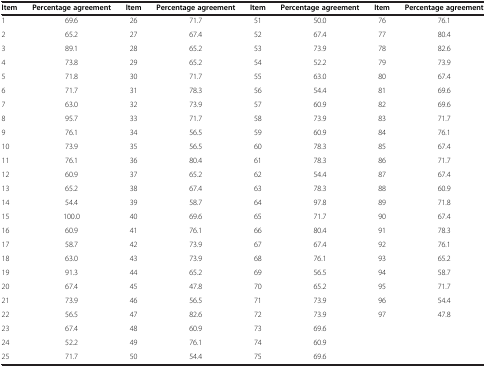
<table><thead><tr><td><b>Item</b></td><td><b>Percentage agreement</b></td><td><b>Item</b></td><td><b>Percentage agreement</b></td><td><b>Item</b></td><td><b>Percentage agreement</b></td><td><b>Item</b></td><td><b>Percentage agreement</b></td></tr></thead><tbody><tr><td>1</td><td>69.6</td><td>26</td><td>71.7</td><td>51</td><td>50.0</td><td>76</td><td>76.1</td></tr><tr><td>2</td><td>65.2</td><td>27</td><td>67.4</td><td>52</td><td>67.4</td><td>77</td><td>80.4</td></tr><tr><td>3</td><td>89.1</td><td>28</td><td>65.2</td><td>53</td><td>73.9</td><td>78</td><td>82.6</td></tr><tr><td>4</td><td>73.8</td><td>29</td><td>65.2</td><td>54</td><td>52.2</td><td>79</td><td>73.9</td></tr><tr><td>5</td><td>71.8</td><td>30</td><td>71.7</td><td>55</td><td>63.0</td><td>80</td><td>67.4</td></tr><tr><td>6</td><td>71.7</td><td>31</td><td>78.3</td><td>56</td><td>54.4</td><td>81</td><td>69.6</td></tr><tr><td>7</td><td>63.0</td><td>32</td><td>73.9</td><td>57</td><td>60.9</td><td>82</td><td>69.6</td></tr><tr><td>8</td><td>95.7</td><td>33</td><td>71.7</td><td>58</td><td>73.9</td><td>83</td><td>71.7</td></tr><tr><td>9</td><td>76.1</td><td>34</td><td>56.5</td><td>59</td><td>60.9</td><td>84</td><td>76.1</td></tr><tr><td>10</td><td>73.9</td><td>35</td><td>56.5</td><td>60</td><td>78.3</td><td>85</td><td>67.4</td></tr><tr><td>11</td><td>76.1</td><td>36</td><td>80.4</td><td>61</td><td>78.3</td><td>86</td><td>71.7</td></tr><tr><td>12</td><td>60.9</td><td>37</td><td>65.2</td><td>62</td><td>54.4</td><td>87</td><td>67.4</td></tr><tr><td>13</td><td>65.2</td><td>38</td><td>67.4</td><td>63</td><td>78.3</td><td>88</td><td>60.9</td></tr><tr><td>14</td><td>54.4</td><td>39</td><td>58.7</td><td>64</td><td>97.8</td><td>89</td><td>71.8</td></tr><tr><td>15</td><td>100.0</td><td>40</td><td>69.6</td><td>65</td><td>71.7</td><td>90</td><td>67.4</td></tr><tr><td>16</td><td>60.9</td><td>41</td><td>76.1</td><td>66</td><td>80.4</td><td>91</td><td>78.3</td></tr><tr><td>17</td><td>58.7</td><td>42</td><td>73.9</td><td>67</td><td>67.4</td><td>92</td><td>76.1</td></tr><tr><td>18</td><td>63.0</td><td>43</td><td>73.9</td><td>68</td><td>76.1</td><td>93</td><td>65.2</td></tr><tr><td>19</td><td>91.3</td><td>44</td><td>65.2</td><td>69</td><td>56.5</td><td>94</td><td>58.7</td></tr><tr><td>20</td><td>67.4</td><td>45</td><td>47.8</td><td>70</td><td>65.2</td><td>95</td><td>71.7</td></tr><tr><td>21</td><td>73.9</td><td>46</td><td>56.5</td><td>71</td><td>73.9</td><td>96</td><td>54.4</td></tr><tr><td>22</td><td>56.5</td><td>47</td><td>82.6</td><td>72</td><td>73.9</td><td>97</td><td>47.8</td></tr><tr><td>23</td><td>67.4</td><td>48</td><td>60.9</td><td>73</td><td>69.6</td><td> </td><td> </td></tr><tr><td>24</td><td>52.2</td><td>49</td><td>76.1</td><td>74</td><td>60.9</td><td> </td><td> </td></tr><tr><td>25</td><td>71.7</td><td>50</td><td>54.4</td><td>75</td><td>69.6</td><td> </td><td> </td></tr></tbody></table>